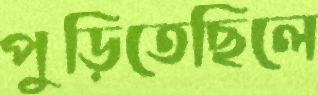
পুড়িতেছিলে